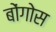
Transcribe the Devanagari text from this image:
बोंगोस